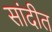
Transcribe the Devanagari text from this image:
सांदीत